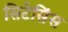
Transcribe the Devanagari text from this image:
सिटेसिंस